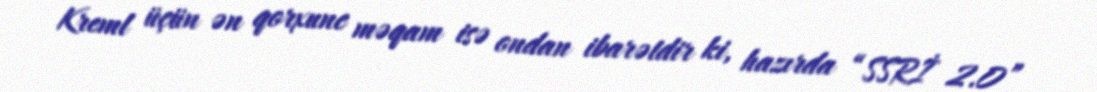
Kreml üçün ən qorxunc məqam isə ondan ibarətdir ki, hazırda “SSRİ 2.0”